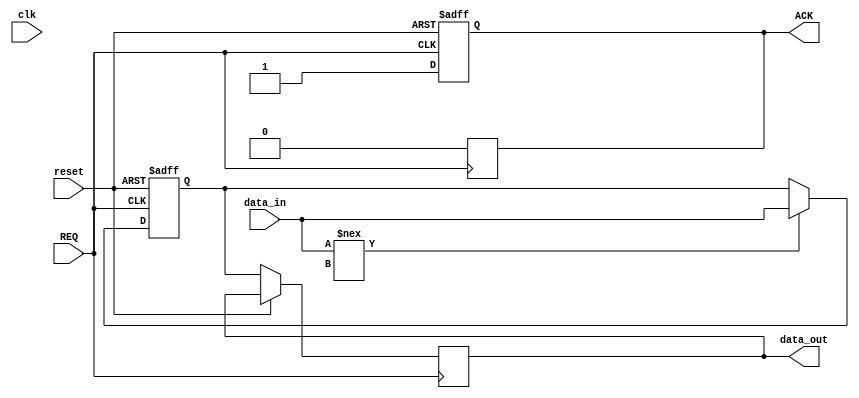
module MemoryBlock (
    input wire REQ,
    input wire [7:0] data_in,
    output reg [7:0] data_out,
    output reg ACK,
    input wire reset,
    input wire clk // Not used for asynchronous operation but kept for reset purposes
);
    reg [7:0] memory; // Simple memory storage

    always @(posedge REQ or posedge reset) begin
        if (reset) begin
            ACK <= 0;
            memory <= 8'b0;
        end else begin
            // Acknowledge the request
            ACK <= 1;

            // Write operation
            if (data_in !== 8'bx) begin
                memory <= data_in; // Store data
            end
            // Read operation
            data_out <= memory; // Output the stored data
        end
    end

    always @(negedge REQ) begin
        // Deassert ACK when REQ goes low
        ACK <= 0;
    end
endmodule